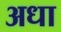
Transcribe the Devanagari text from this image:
अधा